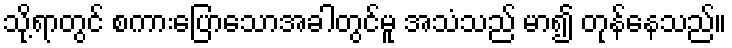
သို့ရာတွင် စကားပြောသောအခါတွင်မူ အသံသည် မာ၍ တုန်နေသည်။